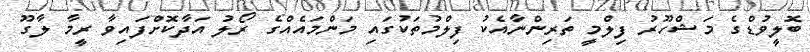
ބޮލީވުޑްގެ މަޝްހޫރު ފިލްމީ ތަރިންނާއެކު ފިލްމުތަކުގައި މަންމައެއްގެ ރޯލު އަދާކޮށްފައިވާ ރީމާ ލާގޫ